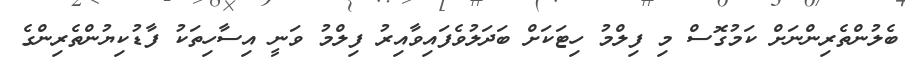
ބެލުންތެރިންނަށް ކަމުގޮސް މި ފިލްމު ހިޓަކަށް ބަދަލުވެފައިވާއިރު ފިލްމު ވަނީ އިސާހިތަކު ފާޑުކިޔުންތެރިންގެ